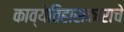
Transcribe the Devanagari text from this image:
काव्येतिहासकाराचे